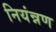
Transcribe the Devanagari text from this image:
नियंन्नण